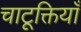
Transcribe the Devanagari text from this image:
चाटूक्तियाँ